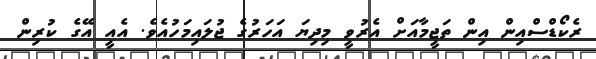
ރެކޯޑްސްއިން އިން ތަޖީމާއަށް އެރުވީ މިދިޔަ އަހަރުގެ ޖުލައިމަހުއެވެ. އެއީ އޭގެ ކުރިން